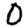
Digit: 0